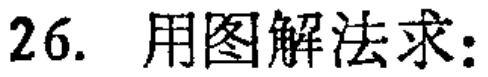
26. 用图解法求：